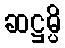
ဆဋ္ဌမ္ပိ